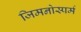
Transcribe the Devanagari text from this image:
जिमनोस्पर्म